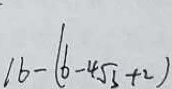
1 6 - ( 6 - 4 \sqrt { 3 } + 2 )